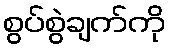
စွပ်စွဲချက်ကို